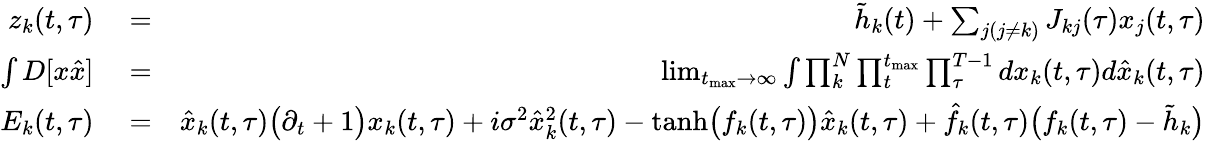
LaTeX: \begin{array}{rlr}{z_{k}(t,\tau)}&{{}=}&{\tilde{h}_{k}(t)+\sum_{j(j\neq k)}J_{kj}(\tau)x_{j}(t,\tau)}\\ {\int D[x\hat{x}]}&{{}=}&{\operatorname*{lim}_{t_{\mathrm{max}}\rightarrow\infty}\int\prod_{k}^{N}\prod_{t}^{t_{\mathrm{max}}}\prod_{\tau}^{T-1}dx_{k}(t,\tau)d\hat{x}_{k}(t,\tau)}\\ {E_{k}(t,\tau)}&{{}=}&{\hat{x}_{k}(t,\tau)\big(\partial_{t}+1\big)x_{k}(t,\tau)+i\sigma^{2}\hat{x}_{k}^{2}(t,\tau)-\mathrm{tanh}\big(f_{k}(t,\tau)\big)\hat{x}_{k}(t,\tau)+\hat{f}_{k}(t,\tau)\big(f_{k}(t,\tau)-\tilde{h}_{k}\big)}\end{array}